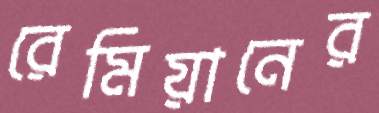
রেমিয়ানের